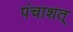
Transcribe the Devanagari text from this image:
पंचाशत्